65_HS1-834228961_62-HQ-83894_Serial_164
Agency: FBI
Page 11
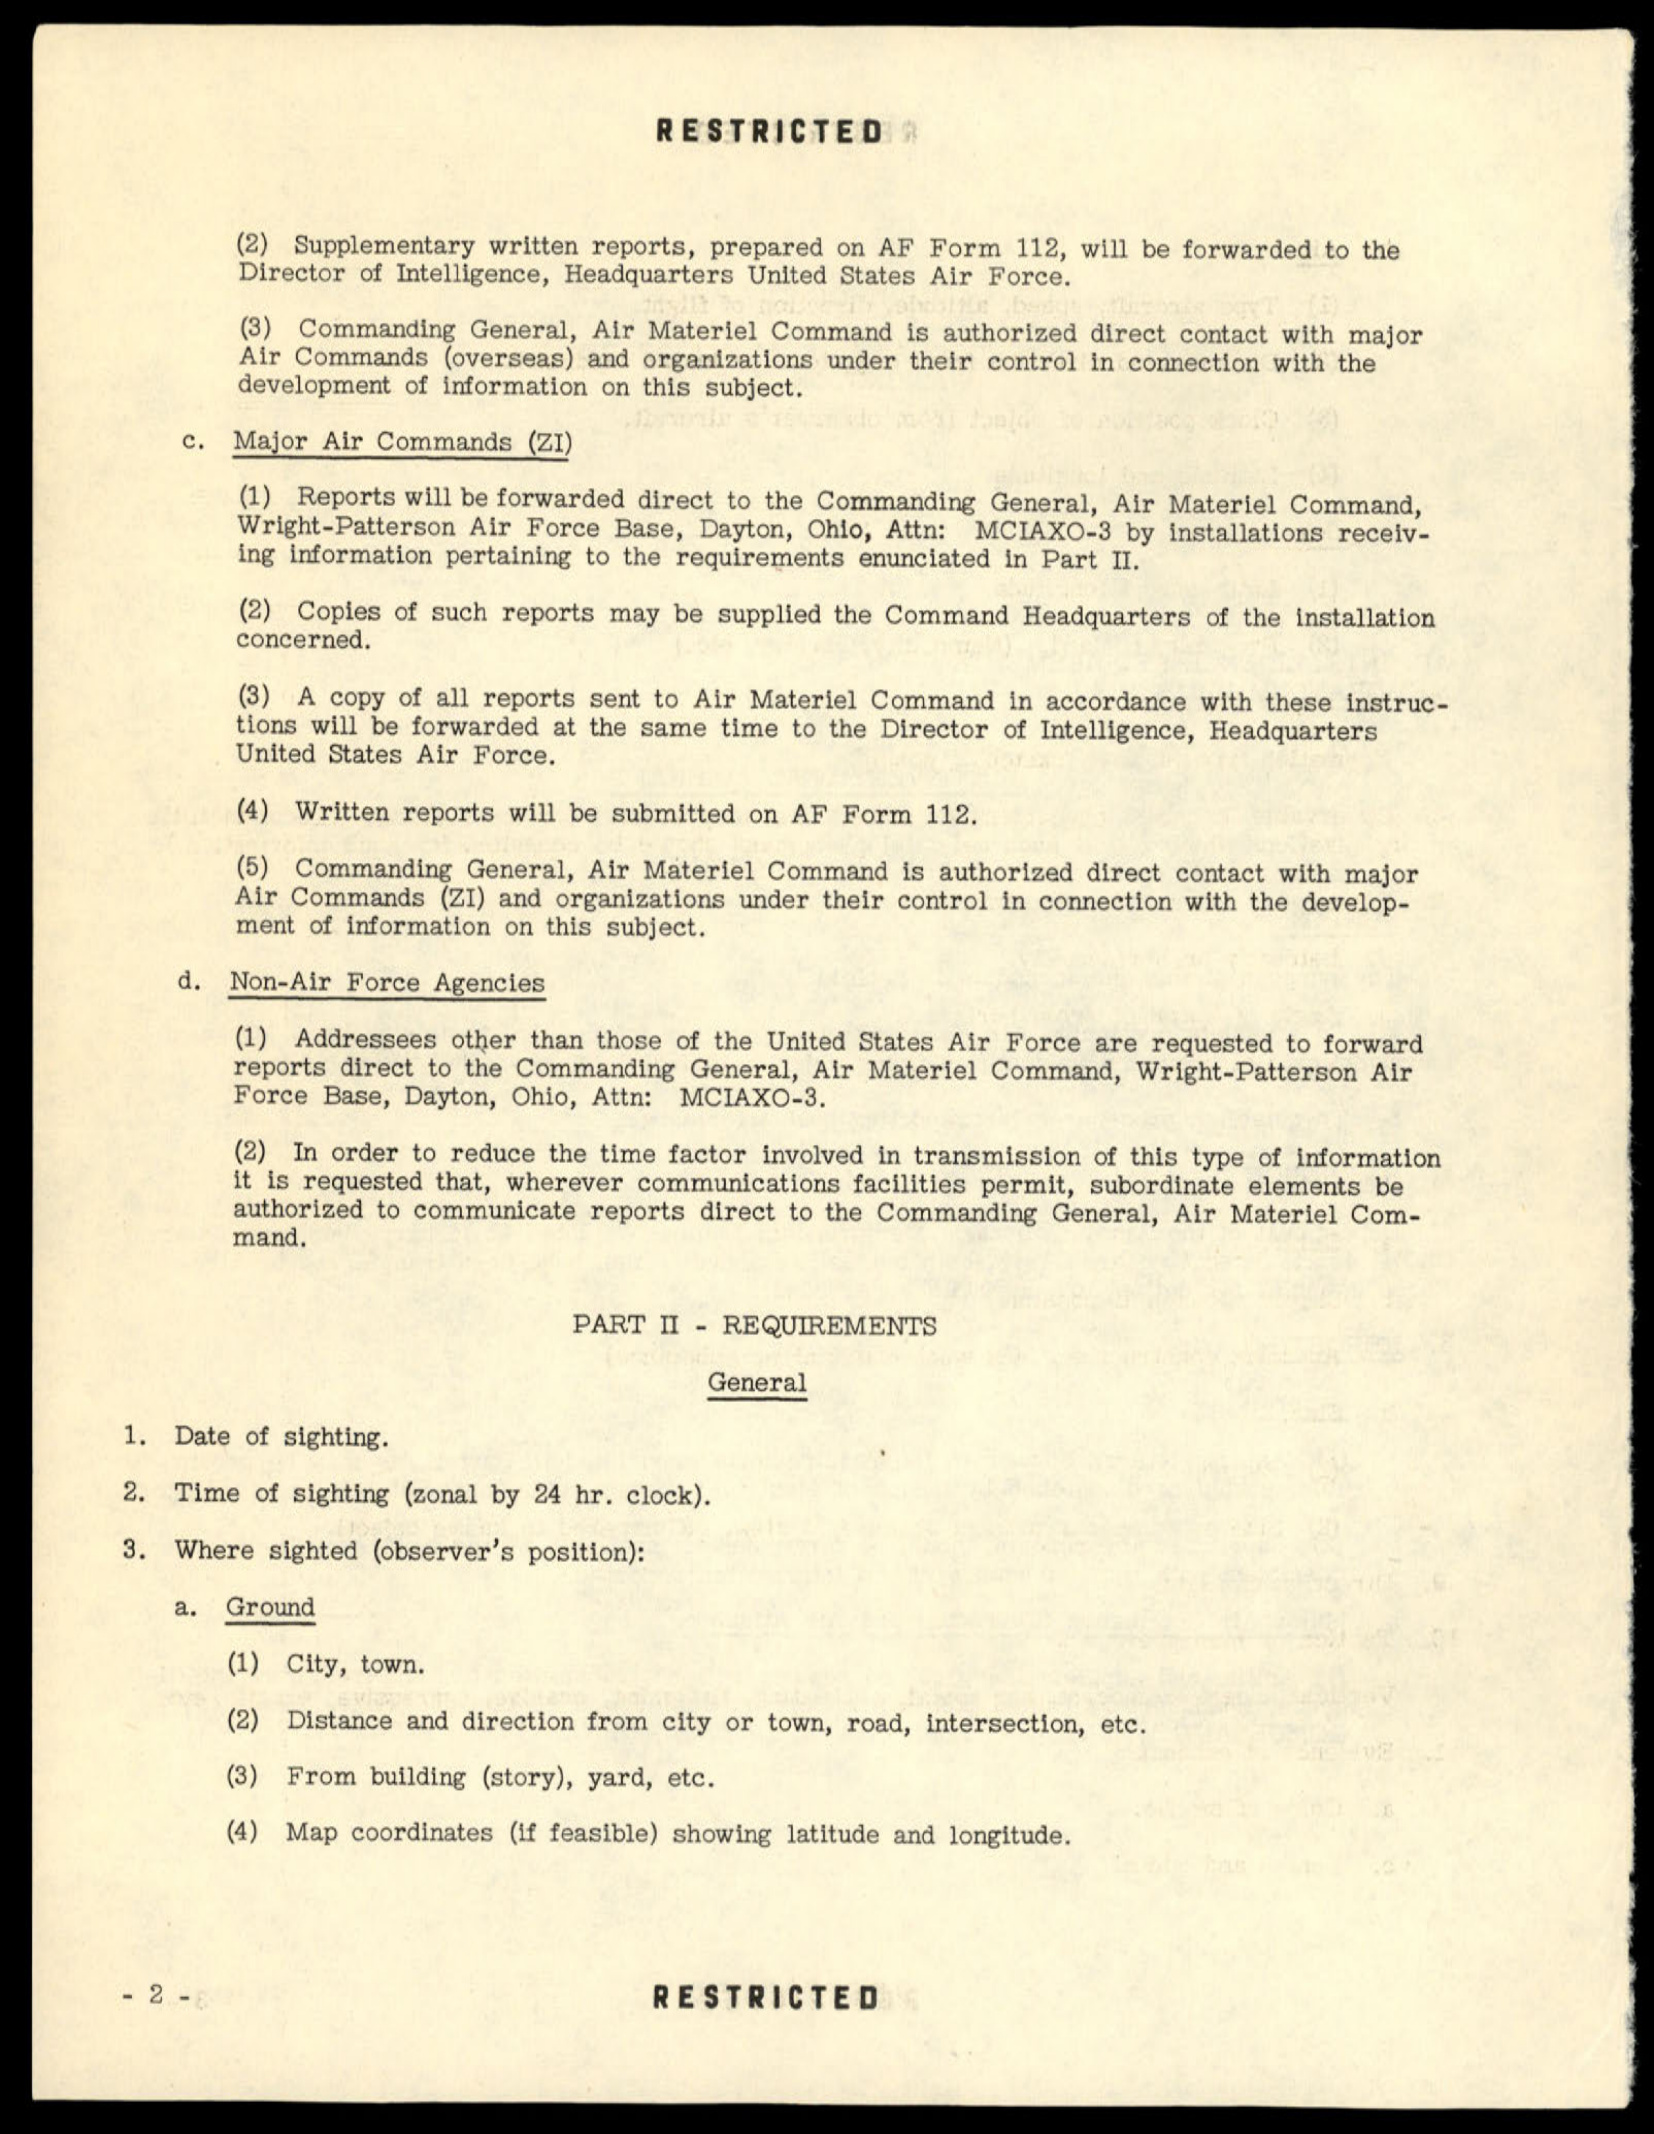